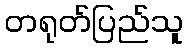
တရုတ်ပြည်သူ